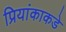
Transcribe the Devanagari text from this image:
प्रियांकाकडे